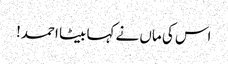
اس کی ماں نے کہا بیٹا احمد!